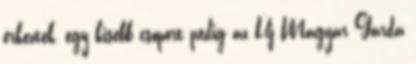
érkeztek, egy kisebb csoport pedig az Új Magyar Gárda